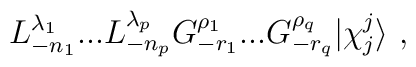
L^{\lambda_1}_{-n_1}...L^{\lambda_p}_{-n_p} G^{\rho_1}_{-r_1}...G^{\rho_q}_{-r_q}\vert\chi^j_j \rangle{}~,